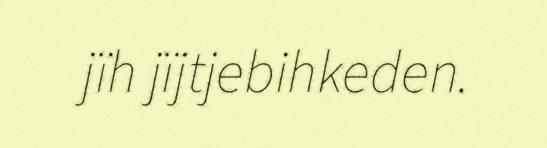
jïh jïjtjebihkeden.